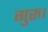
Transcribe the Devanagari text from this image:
गुरु।